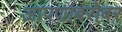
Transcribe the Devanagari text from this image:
आपणाबरोबर